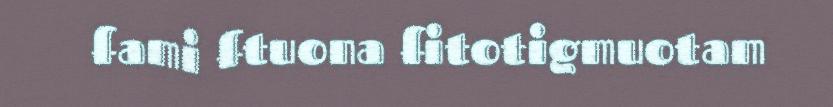
fami ftuona fitotigmuotam